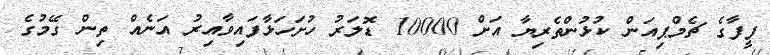
ފީފާގެ ޗެމްޕިއަން ކުޅުންތެރިޔާ އަށް 10000 ޑޮލަރު ހުށަހަޅާފައިވާއިރު އަނެއް ތިން ގޭމުގެ